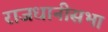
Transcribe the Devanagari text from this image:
राजधानीसभा